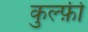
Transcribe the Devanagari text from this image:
कुल्फ़ी